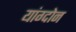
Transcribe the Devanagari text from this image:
यांग्दोन